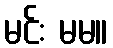
မင်း မမ။